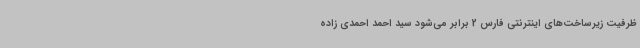
ظرفیت زیرساخت‌های اینترنتی فارس 2 برابر می‌شود سید احمد احمدی زاده